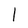
Character: l